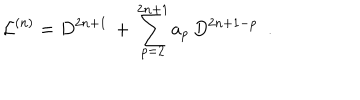
LaTeX: { \cal L } ^ { ( n ) } = D ^ { 2 n + 1 } \, + \, \sum _ { p = 2 } ^ { 2 n + 1 } a _ { p } \, D ^ { 2 n + 1 - p } \ \ .